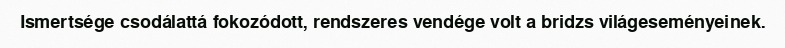
Ismertsége csodálattá fokozódott, rendszeres vendége volt a bridzs világeseményeinek.